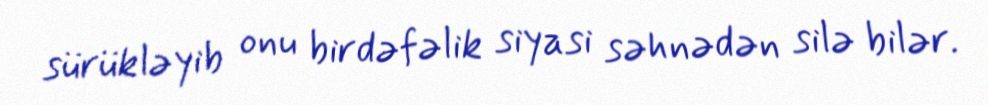
sürükləyib onu birdəfəlik siyasi səhnədən silə bilər.